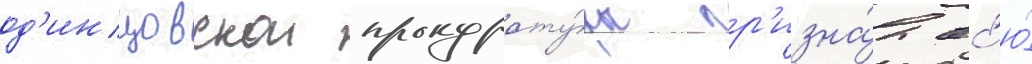
од'инцовскои прокурату́ры пр'изна́л вс'ю́